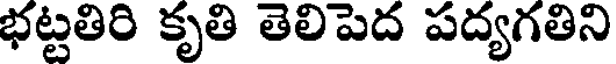
భట్టతిరి కృతి తెలిపెద పద్యగతిని